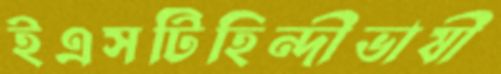
ইএসটিহিন্দীভাষী